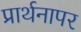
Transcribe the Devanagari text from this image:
प्रार्थनापर